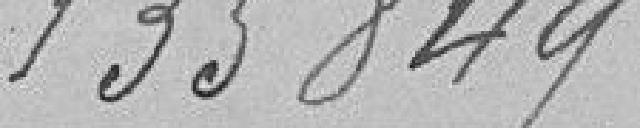
135849